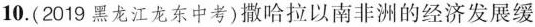
10. ( 2019 黑龙江龙东中考)撒哈拉以南非洲的经济发展缓